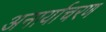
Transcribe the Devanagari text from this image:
अनार्याचरण